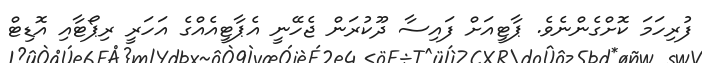
ފުރިހަމަ ކޮށްގެންނެވެ. ޕާޓީއަށް ފައިސާ ދޫކުރަން ޖެހޭނީ އެޕާޓީއެއްގެ އަހަރީ ރިޕޯޓާއި އޮޑިޓް